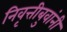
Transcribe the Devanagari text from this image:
निवृत्तीबुवांनी